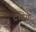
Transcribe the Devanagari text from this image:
ट्रडिग